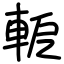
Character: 軶